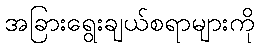
အခြားရွေးချယ်စရာများကို